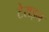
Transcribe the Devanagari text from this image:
टेराइन